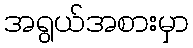
အရွယ်အစားမှာ